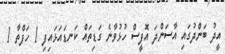
އީދު ބަންދުގައި އާސަންދަ އޮފީސް ހުޅުވާނެ ގަޑިތައް ކަނޑައަޅައިފި 1 ހަފްތާ 1